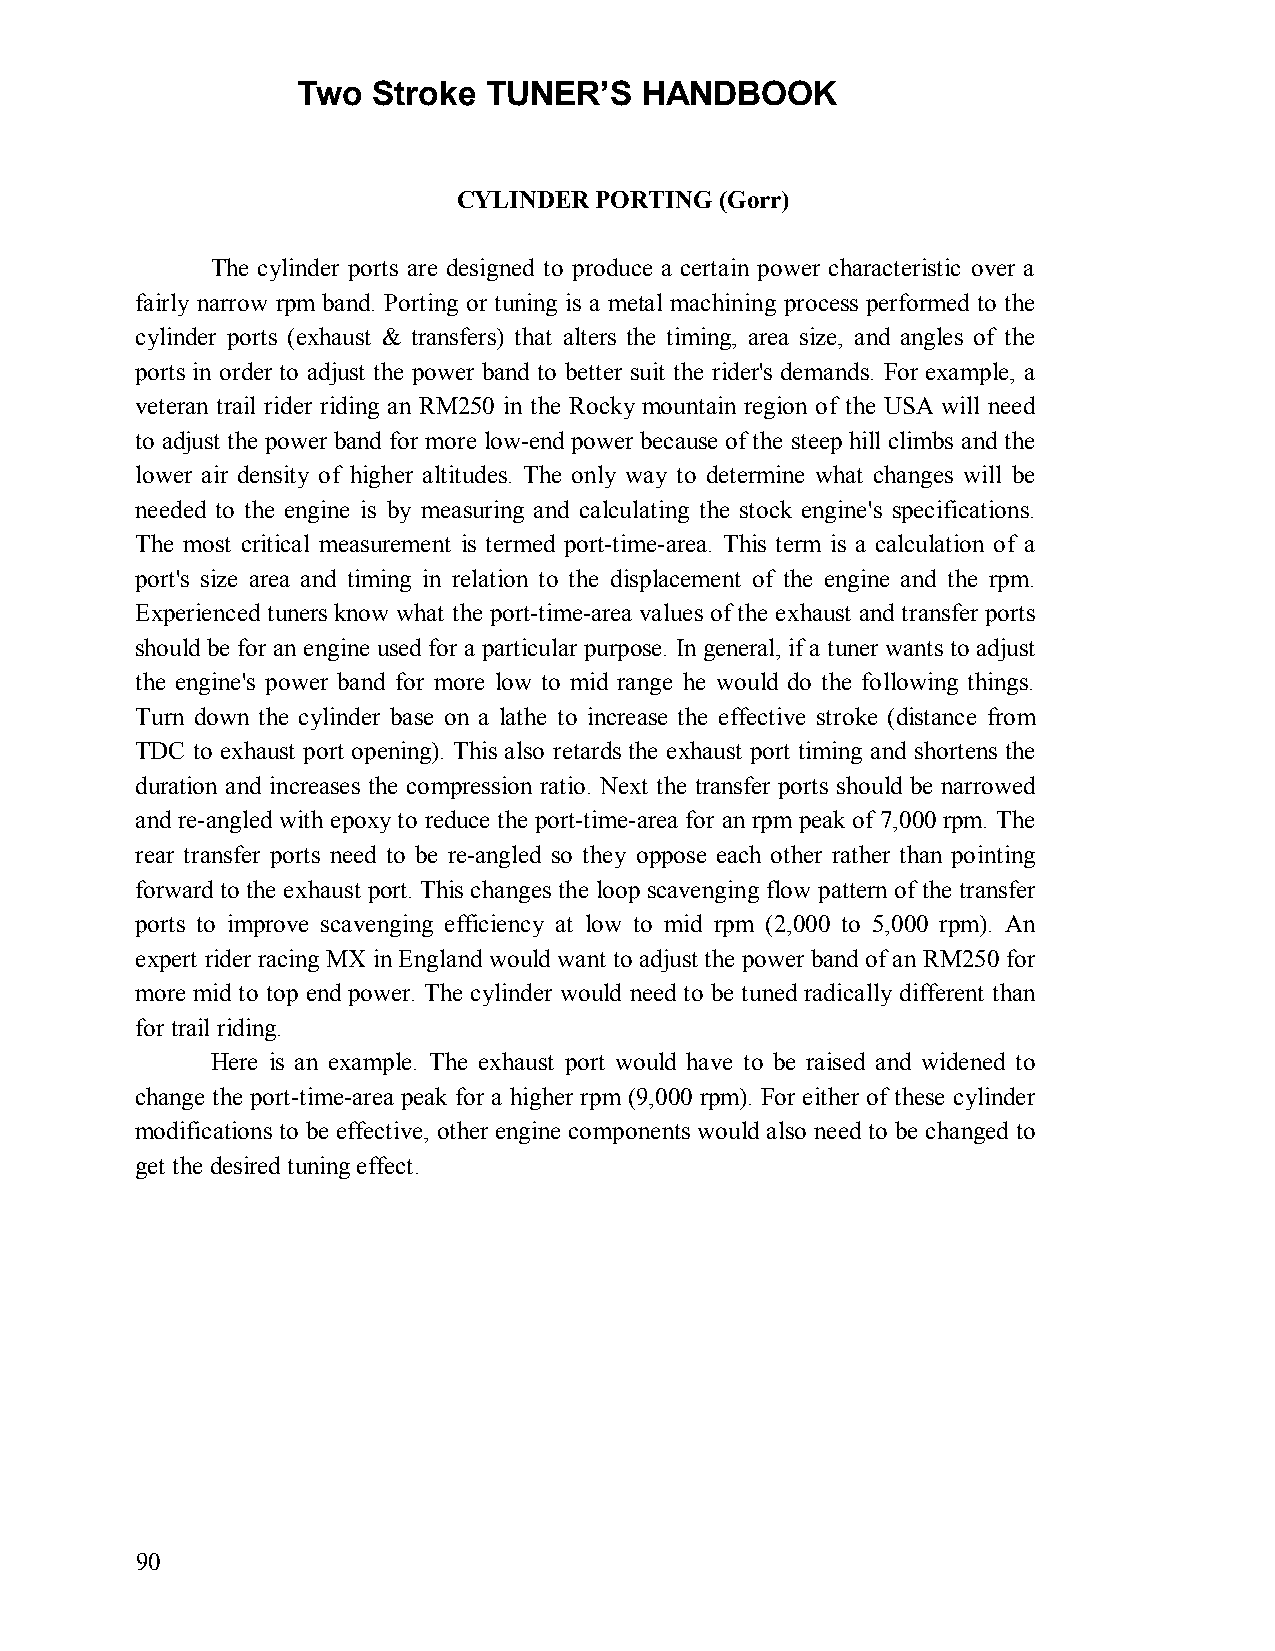
Two  Stroke TUNER’S   HANDBOOK
 CYLINDER PORTING  (Gorr)
 The cylinder ports are designed to produce a certain power characteristic over a
 fairly narrow rpm band. Porting or tuning is a metal machining process performed to the
 cylinder ports (exhaust & transfers) that alters the timing, area size, and angles of the
 ports in order to adjust the power band to better suit the rider's demands. For example, a
 veteran trail rider riding an RM250 in the Rocky mountain region of the USA will need
 to adjust the power band for more low-end power because of the steep hill climbs and the
 lower air density of higher altitudes. The only way to determine what changes will be
 needed to the engine is by measuring and calculating the stock engine's specifications.
 The most critical measurement is termed port-time-area. This term is a calculation of a
 port's size area and timing in relation to the displacement of the engine and the rpm.
 Experienced tuners know what the port-time-area values of the exhaust and transfer ports
 should be for an engine used for a particular purpose. In general, if a tuner wants to adjust
 the engine's power band for more low to mid range he would do the following things.
 Turn down the cylinder base on a lathe to increase the effective stroke (distance from
 TDC to exhaust port opening). This also retards the exhaust port timing and shortens the
 duration and increases the compression ratio. Next the transfer ports should be narrowed
 and re-angled with epoxy to reduce the port-time-area for an rpm peak of 7,000 rpm. The
 rear transfer ports need to be re-angled so they oppose each other rather than pointing
 forward to the exhaust port. This changes the loop scavenging flow pattern of the transfer
 ports to improve scavenging efficiency at low to mid rpm (2,000 to 5,000 rpm). An
 expert rider racing MX in England would want to adjust the power band of an RM250 for
 more mid to top end power. The cylinder would need to be tuned radically different than
 for trail riding.
 Here is an example. The exhaust port would have to be raised and widened to
 change the port-time-area peak for a higher rpm (9,000 rpm). For either of these cylinder
 modifications to be effective, other engine components would also need to be changed to
 get the desired tuning effect.
 90